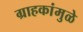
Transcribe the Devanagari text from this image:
ग्राहकांमुळे